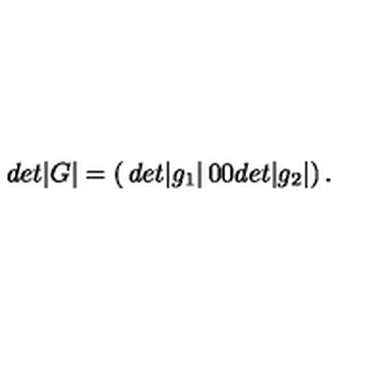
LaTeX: d e t | G | = \left( \begin{matrix} { d e t | g _ { 1 } | } & { 0 } \\ { 0 } & { d e t | g _ { 2 } | } \\ \end{matrix} \right) .